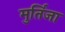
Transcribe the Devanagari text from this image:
मुर्तिजा